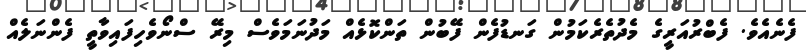
ފެނެއެވެ. ފެބްރުއަރީގެ މެދުތެރެކަމުން ގަނޑުފެން ފޭބުން ތަންކޮޅެއް މަދުނަމަވެސް މިރޭ ސްނޯވެހިފައިވާތީ ފެންނަލެއް